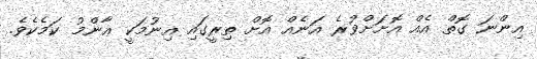
އިންނަ ގޮތް އެއް އޮށަށްވުރެ އަނެއް އޮށް ތިރީގައި އިނުމަކީ ޢާންމު ކަމެކެވެ.